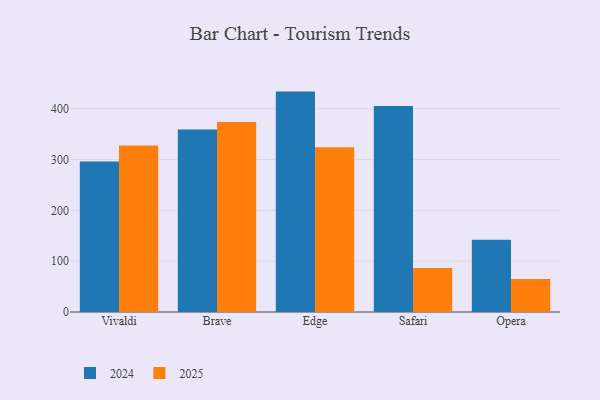
{"axis": {"x": "Browser", "y": "Population (Million)"}, "legend": ["2024", "2025"], "data": [{"x": "Vivaldi", "y": 327.8, "type": "2025"}, {"x": "Vivaldi", "y": 296.2, "type": "2024"}, {"x": "Brave", "y": 374.1, "type": "2025"}, {"x": "Brave", "y": 359.1, "type": "2024"}, {"x": "Edge", "y": 324.1, "type": "2025"}, {"x": "Edge", "y": 433.8, "type": "2024"}, {"x": "Safari", "y": 86.7, "type": "2025"}, {"x": "Safari", "y": 405.7, "type": "2024"}, {"x": "Opera", "y": 64.9, "type": "2025"}, {"x": "Opera", "y": 142.0, "type": "2024"}]}